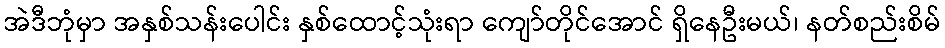
အဲဒီဘုံမှာ အနှစ်သန်းပေါင်း နှစ်ထောင့်သုံးရာ ကျော်တိုင်အောင် ရှိနေဦးမယ်၊ နတ်စည်းစိမ်